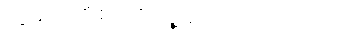
ကျွန်တော့်စာကို သူ့ဒေါ်လေး ပြသဗျ။